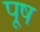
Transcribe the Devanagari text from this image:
पूष